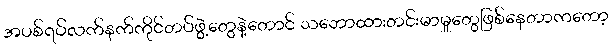
အပစ်ရပ်လက်နက်ကိုင်တပ်ဖွဲ့တွေနဲ့တောင် သဘောထားတင်းမာမှုတွေဖြစ်နေတာကတော့